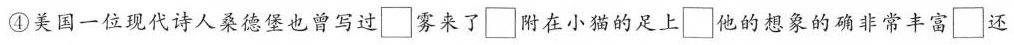
④美国一位现代诗人桑德堡也曾写过□雾来了□附在小猫的足上□他的想象的确非常丰富□还